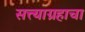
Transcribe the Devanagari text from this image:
सत्त्याग्रहाचा